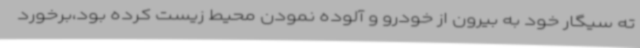
ته سیگار خود به بیرون از خودرو و آلوده نمودن محیط زیست کرده بود،برخورد